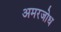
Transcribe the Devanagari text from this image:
अमरजोध